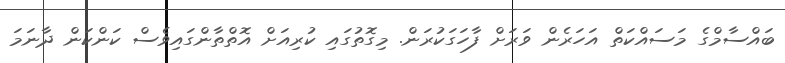
ބައްސާމްގެ މަސައްކަތް އަހަރެން ވަރަށް ފާހަގަކުރަން. މިގޮތުގައި ކުރިއަށް އޮތްތާންގައިވެސް ކަންކަން ދާނަމަ